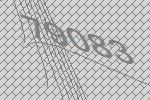
79083